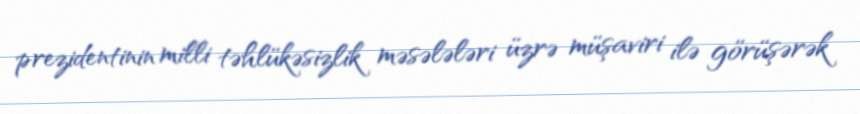
prezidentinin milli təhlükəsizlik məsələləri üzrə müşaviri ilə görüşərək